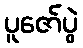
ပူဇော်ပွဲ